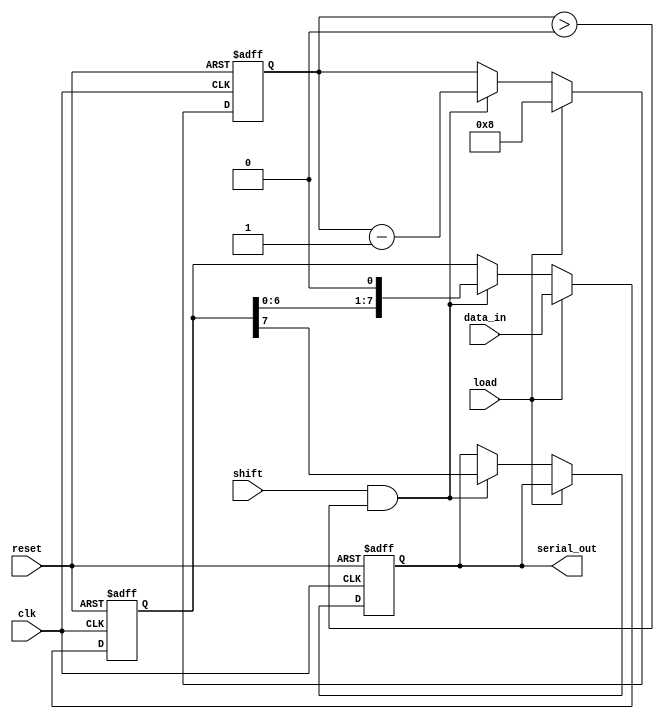
module TwoStagePISO #(parameter WIDTH = 8) (
    input wire clk,               // Clock input
    input wire reset,             // Reset input
    input wire load,              // Load enable signal
    input wire shift,             // Shift enable signal
    input wire [WIDTH-1:0] data_in, // Parallel input data
    output reg serial_out         // Serial output
);
    
    reg [WIDTH-1:0] input_reg;    // Stage 1: Input Register
    reg [WIDTH-1:0] shift_reg;     // Stage 2: Shift Register
    reg [3:0] shift_count;         // Counter for shift operation

    // Reset and Load Logic
    always @(posedge clk or posedge reset) begin
        if (reset) begin
            input_reg <= 0;          // Clear input register on reset
            shift_reg <= 0;          // Clear shift register on reset
            serial_out <= 0;         // Clear serial output
            shift_count <= 0;        // Reset shift counter
        end 
        else begin
            if (load) begin
                input_reg <= data_in; // Load parallel input data into input register
                shift_reg <= data_in;  // Initialize shift register with input data
                shift_count <= WIDTH;   // Set shift count to the width of the data
            end 
            else if (shift && shift_count > 0) begin
                serial_out <= shift_reg[WIDTH-1]; // Output the MSB of the shift register
                shift_reg <= {shift_reg[WIDTH-2:0], 1'b0}; // Shift left and fill LSB with 0
                shift_count <= shift_count - 1; // Decrement the shift count
            end
        end
    end

endmodule